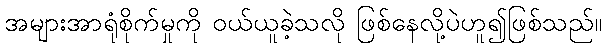
အများအာရုံစိုက်မှုကို ဝယ်ယူခဲ့သလို ဖြစ်နေလို့ပဲဟူ၍ဖြစ်သည်။